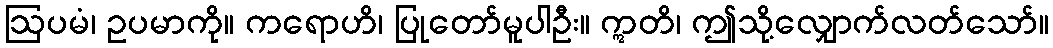
ဩပမံ၊ ဥပမာကို။ ကရောဟိ၊ ပြုတော်မူပါဦး။ ဣတိ၊ ဤသို့လျှောက်လတ်သော်။